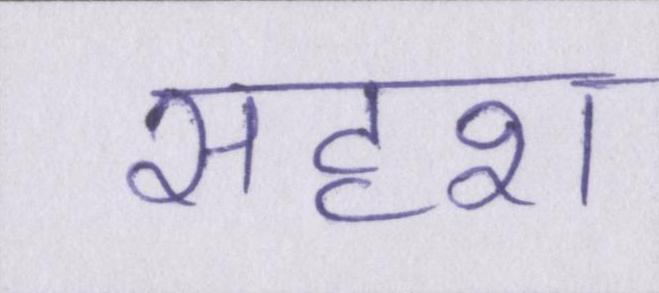
सदृश